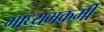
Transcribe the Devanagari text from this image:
माध्यमकर्मी